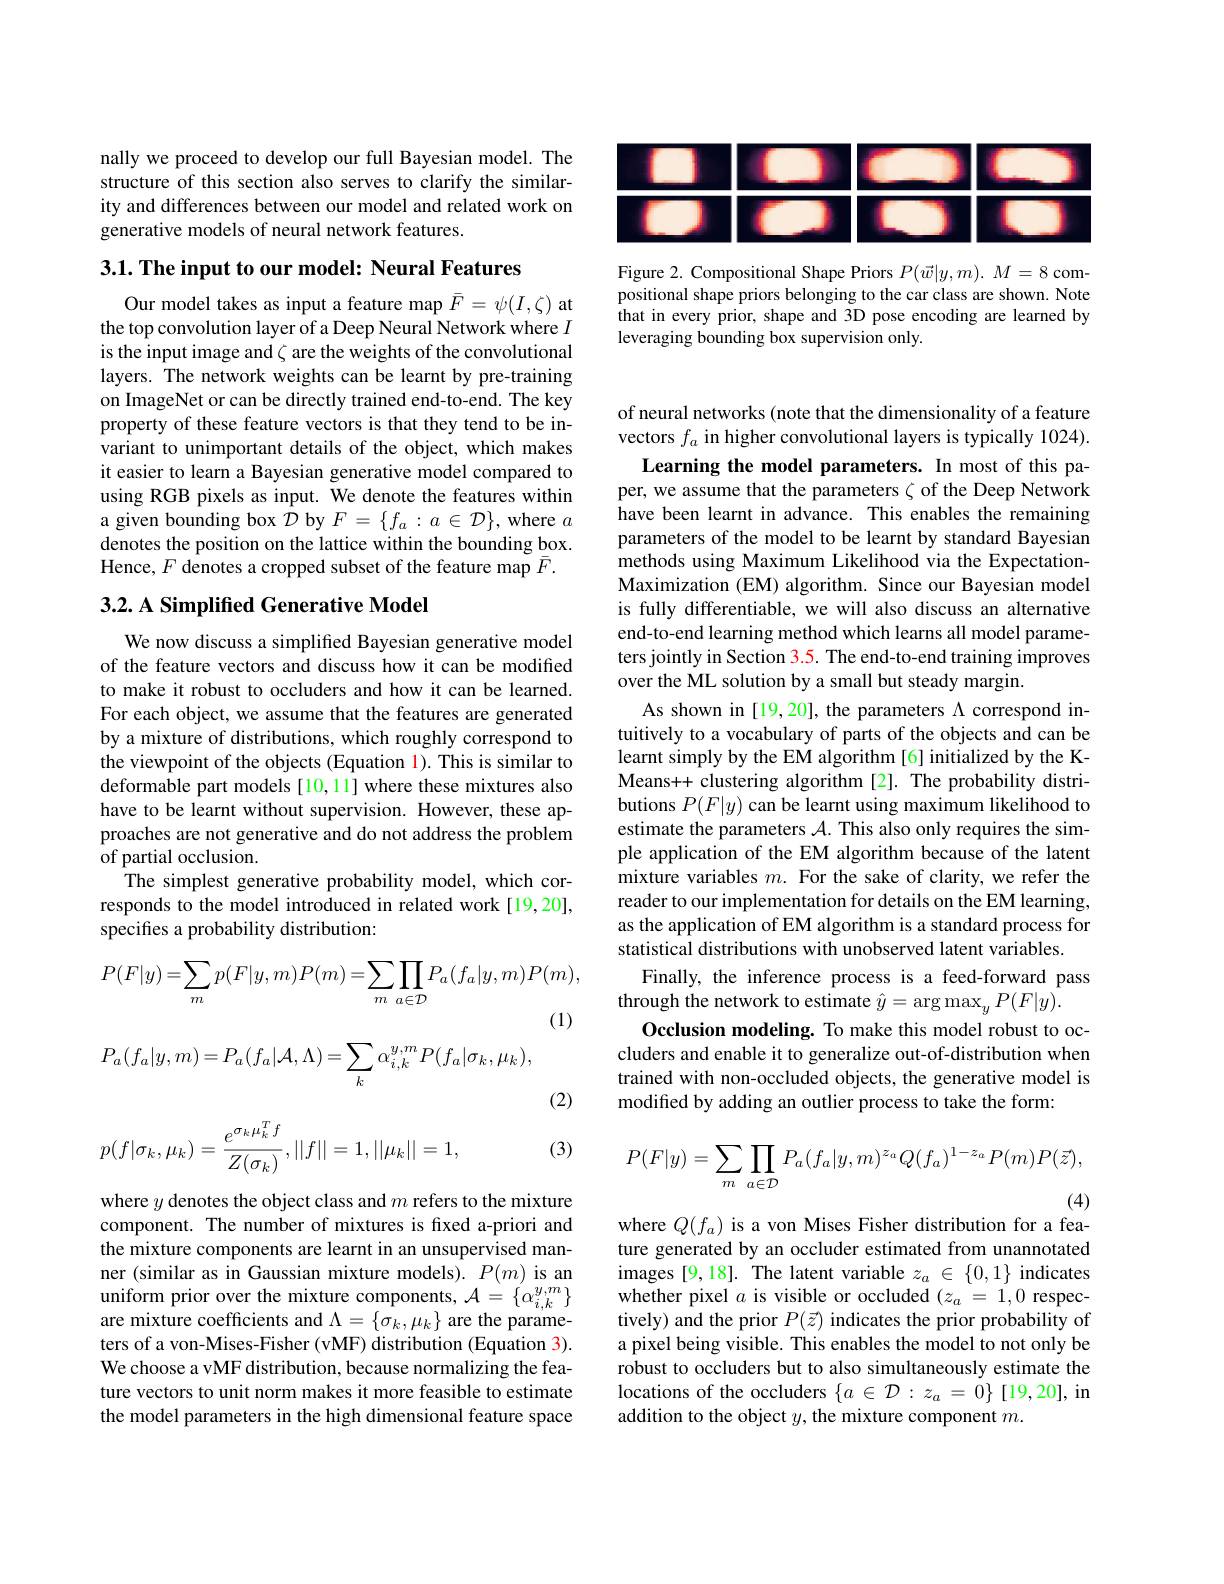
<FigureHere>

Figure 2. Compositional Shape Priors $P(\vec{w}|y,m).M=8$ compositional shape priors belonging to the car class are shown. Note that in every prior, shape and 3D pose encoding are learned by leveraging bounding box supervision only.

nally we proceed to develop our full Bayesian model. The structure of this section also serves to clarify the similarity and differences between our model and related work on generative models of neural network features.

3.1. The input to our model: Neural Features

Our model takes as input a feature map $\bar{F}=\psi(I,\zeta)$ at the top convolution layer of a Deep Neural Network where $I$ is the input image and $\zeta$ are the weights of the convolutional layers. The network weights can be learnt by pre-training on ImageNet or can be directly trained end-to-end. The key property of these feature vectors is that they tend to be invariant to unimportant details of the object, which makes it easier to learn a Bayesian generative model compared to using RGB pixels as input. We denote the features within a given bounding box $\bar{\mathcal{D}}$ by $F=\{f_a:a\in\mathcal{D}\}$, where $a$ denotes the position on the lattice within the bounding box. Hence, $F$ denotes a cropped subset of the feature map $\bar{F}.$

## 3.2. A Simplified Generative Model

We now discuss a simplified Bayesian generative model of the feature vectors and discuss how it can be modified to make it robust to occluders and how it can be learned. For each object, we assume that the features are generated by a mixture of distributions, which roughly correspond to the viewpoint of the objects (Equation 1). This is similar to deformable part models [10,11] where these mixtures also have to be learnt without supervision. However, these approaches are not generative and do not address the problem of partial occlusion.
The simplest generative probability model, which corresponds to the model introduced in related work [19,20], specifies a probability distribution:
$$P(F|y)=\sum_{m}p(F|y,m)P(m)=\sum_{m}\prod_{a\in\mathcal D}P_{a}(f_{a}|y,m)P(m),$$
(1)
$$P_{a}(f_{a}|y,m)=P_{a}(f_{a}|\mathcal{A},\Lambda)=\sum_{k}\alpha_{i,k}^{y,m}P(f_{a}|\sigma_{k},\mu_{k}),$$
(2)
$$p(f|\sigma_k,\mu_k)=\frac{e^{\sigma_k\mu_k^Tf}}{Z(\sigma_k)},||f||=1,||\mu_k||=1,$$
(3)

where $y$ denotes the object class and $m$ refers to the mixture component. The number of mixtures is fxed a-priori and the mixture components are learnt in an unsupervised manner (similar as in Gaussian mixture models). $P(m)$ is an $\begin{array}{l}{\text{uniform prior over the mixture components,}}&{\mathcal{A}=\{\alpha_{i,k}^{y,m}\}}\\{\text{are mixture coefficients and }\Lambda=\{\sigma_{k},\mu_{k}\}\text{ are the parame-}}\end{array}$ ters of a von-Mises-Fisher (vMF) distribution (Equation 3). We choose a vMF distribution, because normalizing the feature vectors to unit norm makes it more feasible to estimate the model parameters in the high dimensional feature space

of neural networks (note that the dimensionality of a feature vectors $f_a$ in higher convolutional layers is typically 1024).
Learning the model parameters. In most of this paper, we assume that the parameters $\zeta$ of the Deep Network have been learnt in advance. This enables the remaining parameters of the model to be learnt by standard Bayesian methods using Maximum Likelihood via the ExpectationMaximization (EM) algorithm. Since our Bayesian model is fully differentiable, we will also discuss an alternative end-to-end learning method which learns all model parameters jointly in Section 3.5. The end-to-end training improves over the ML solution by a small but steady margin.
As shown in[19,20], the parameters $\Lambda$ correspond intuitively to a vocabulary of parts of the objects and can be learnt simply by the EM algorithm [6] initialized by the KMeans+ clustering algorithm [2]. The probability distributions $P(F|y)$ can be learnt using maximum likelihood to estimate the parameters $\mathcal{A}.$ This also only requires the simple application of the EM algorithm because of the latent mixture variables $m.$ For the sake of clarity, we refer the reader to our implementation for details on the EM learning, as the application of EM algorithm is a standard process for statistical distributions with unobserved latent variables.
Finally, the inference process is a feed-forward pass
through the network to estimate $\hat{y}=\arg\max_yP(F|y).$
Occlusion modeling. To make this model robust to occluders and enable it to generalize out-of-distribution when trained with non-occluded objects, the generative model is modified by adding an outlier process to take the form:
$$\begin{aligned}P(F|y)=\sum_m\prod_{a\in\mathcal{D}}P_a(f_a|y,m)^{z_a}Q(f_a)^{1-z_a}P(m)P(\vec{z}),\end{aligned}$$
(4)

where $Q(f_a)$ is a von Mises Fisher distribution for a fea-

ture generated by an occluder estimated from unannotated $\begin{array}{l}\mathrm{images~[9,18].~The~latent~variable~}z_{a}\in\{0,1\}&\mathrm{indicates}\\\mathrm{whether~pixel~}a\text{ is visible or occluded}(z_{a}=1,0&\mathrm{respec-}\end{array}$ tively) and the prior $P(\vec{z})$ indicates the prior probability of a pixel being visible. This enables the model to not only be robust to occluders but to also simultaneously estimate the locations of the occluders $\{a\in\mathcal{D}:z_a=0\}[19,20]$,in addition to the object $y$, the mixture component $m.$